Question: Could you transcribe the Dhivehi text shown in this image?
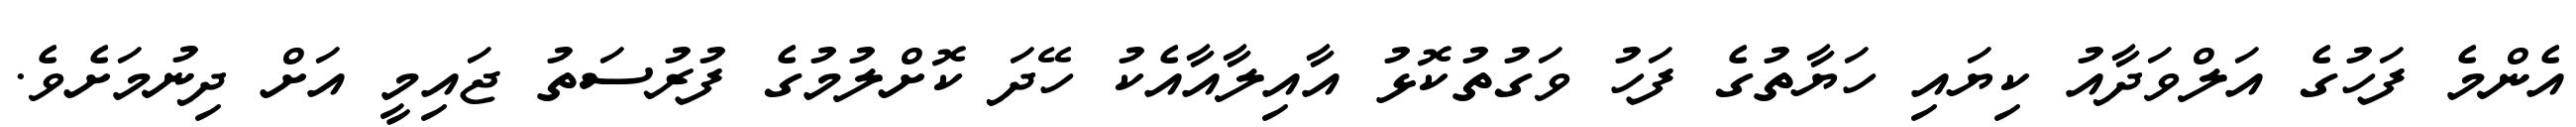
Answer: އެންމެ ފަހުގެ އަލްވަދާއު ކިޔައި ހަޔާތުގެ ފަހު ވަގުތުކޮޅު އާއިލާއާއެކު ހޭދަ ކޮށްލުމުގެ ފުރުސަތު ޖައިމީ އަށް ދިނުމަށެވެ.